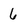
Character: 6